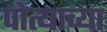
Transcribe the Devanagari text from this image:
पोत्याच्या